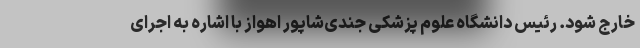
خارج شود. رئیس دانشگاه علوم پزشکی جندی‌شاپور اهواز با اشاره به اجرای